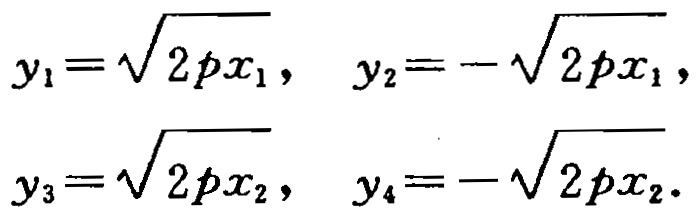
\[
y_{1}=\sqrt{2 p x_{1}}, \quad y_{2}=-\sqrt{2 p x_{1}}, \\
y_{3}=\sqrt{2 p x_{2}}, \quad y_{4}=-\sqrt{2 p x_{2}}.
\]